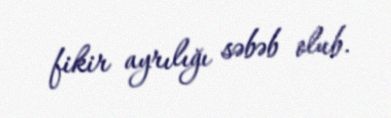
fikir ayrılığı səbəb olub.